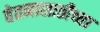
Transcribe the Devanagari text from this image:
वेतनासाठीच्या